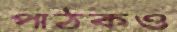
পাঠকও